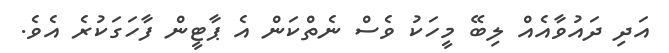
އަދި ދައުވާއެއް ލިބޭ މީހަކު ވެސް ނެތްކަން އެ ޕާޓީން ފާހަގަކުރެ އެވެ.